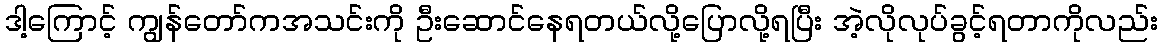
ဒါ့ကြောင့် ကျွန်တော်ကအသင်းကို ဦးဆောင်နေရတယ်လို့ပြောလို့ရပြီး အဲ့လိုလုပ်ခွင့်ရတာကိုလည်း